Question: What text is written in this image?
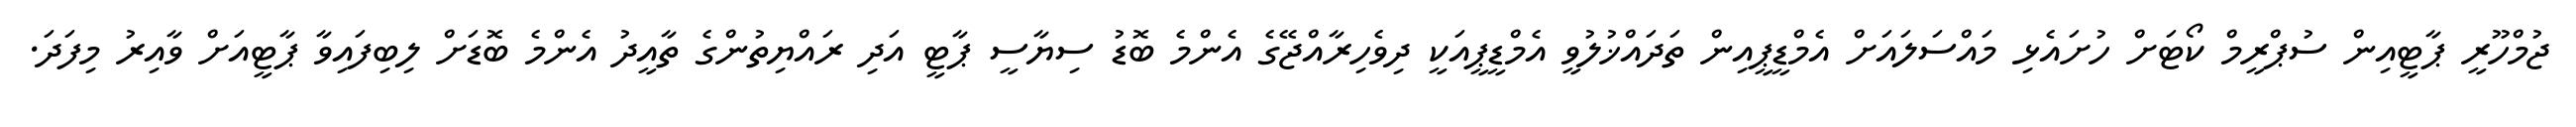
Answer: ޖުމްހޫރީ ޕާޓީއިން ސުޕްރީމް ކޯޓަށް ހުށައެޅި މައްސަލައަށް އެމްޑީޕީއިން ތަދައްޚުލުވީ އެމްޑީޕީއަކީ ދިވެހިރާއްޖޭގެ އެންމެ ބޮޑު ސިޔާސީ ޕާޓީ އަދި ރައްޔިތުންގެ ތާއީދު އެންމެ ބޮޑަށް ލިބިފައިވާ ޕާޓީއަށް ވާއިރު މިފަދަ.